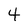
Character: 4